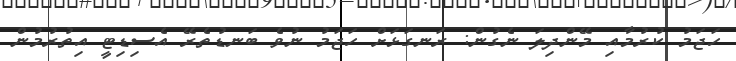
ހަޖަމު ކުރުމާއި މޭންދިލަ ނެގުން: ރަނގަޅަށް ހަޖަމު ނުވެ ބަނޑުތެރޭ އެސިޑިޓީ އިތުރުުމުން